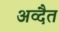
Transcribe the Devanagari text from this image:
अव्दैत